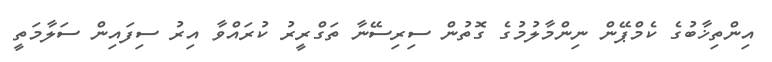
އިންތިޚާބުގެ ކެމްޕޭން ނިންމާލުމުގެ ގޮތުން ސިރިސޭނާ ތަގްރީރު ކުރައްވާ އިރު ސިފައިން ސަލާމަތީ